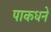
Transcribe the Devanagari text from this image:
पाकधने